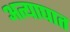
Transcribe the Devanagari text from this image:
अत्याघात